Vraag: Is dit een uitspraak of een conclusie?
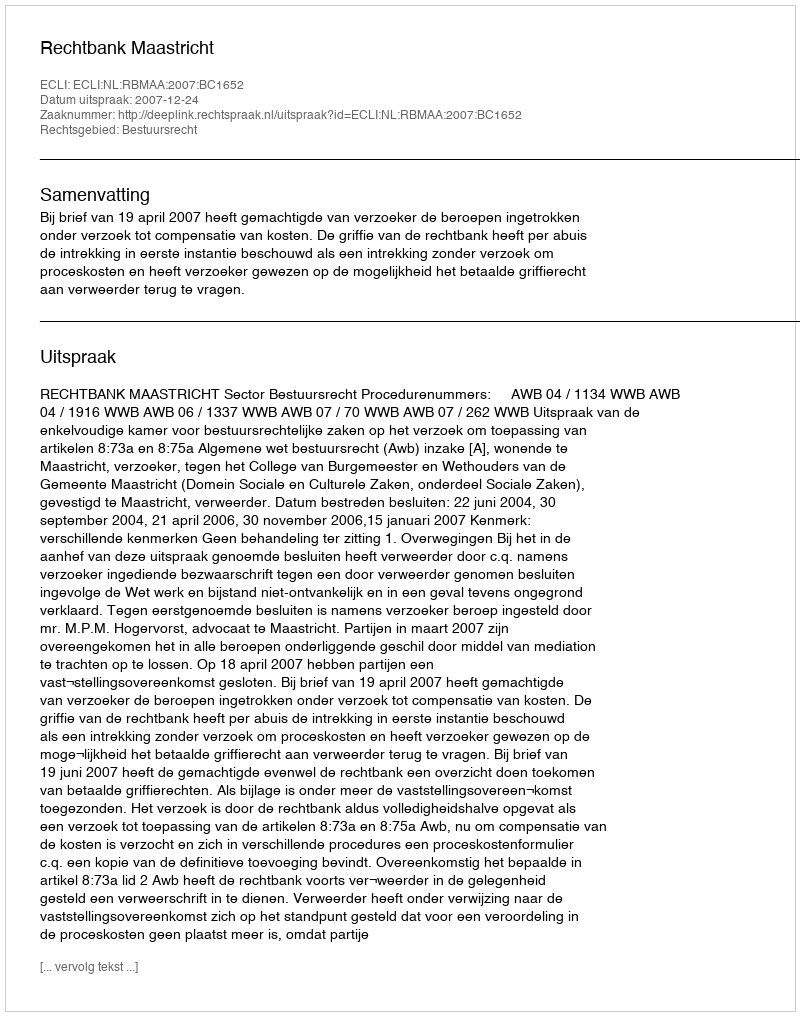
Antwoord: Uitspraak